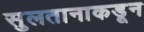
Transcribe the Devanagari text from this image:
सुलतानाकडून